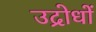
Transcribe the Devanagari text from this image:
उद्रोधों